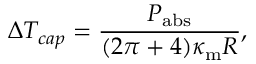
\Delta T _ { c a p } = \frac { P _ { \mathrm { a b s } } } { ( 2 \pi + 4 ) \kappa _ { \mathrm { m } } R } ,